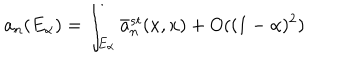
a _ { n } ( E _ { \alpha } ) = \int _ { E _ { \alpha } } \bar { a } _ { n } ^ { s t } ( x , x ) + O ( ( 1 - \alpha ) ^ { 2 } )